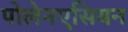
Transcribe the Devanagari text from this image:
पोलेनएसियन